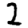
Digit: 2